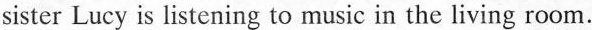
sister Lucy is listening to music in the living room